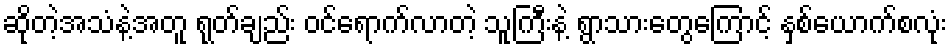
ဆိုတဲ့အသံနဲ့အတူ ရုတ်ချည်း ဝင်ရောက်လာတဲ့ သူကြီးနဲ့ ရွာသားတွေကြောင့် နှစ်ယောက်စလုံး